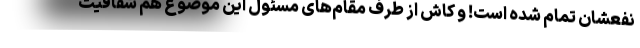
نفعشان تمام شده است! و کاش از طرف مقام‌های مسئول این موضوع هم شفافیت